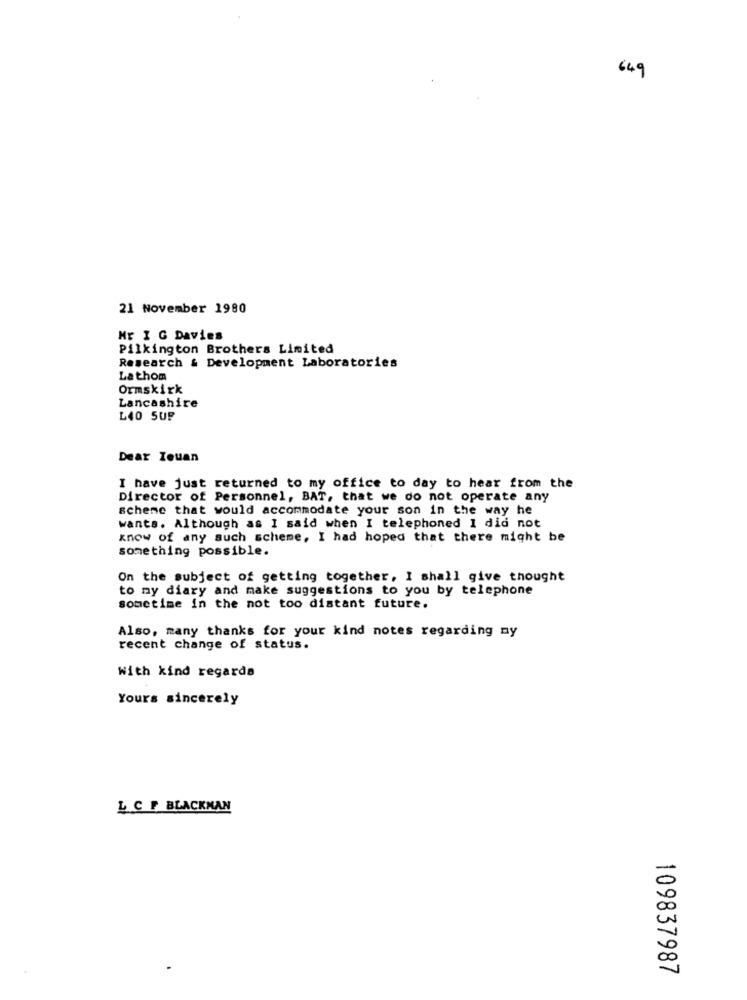
649
21 November 1980
ME I G Davies
Pilkington Brothers Limited
Research & Development Laboratories
Lathom
Ormskirk
Lancashire
L40 SUP
Dear Touan
I have just returned to my office to day to hear from the
Director of Personnel, BAT, that we do not operate any
scheme that would accommodate your son in the way he
wants. Although as I said when I telephoned I did not
know of any such scheme, I had hoped that there might be
something possible.
On the subject of getting together, I shall give thought
to my diary and make suggestions to you by telephone
sometime in the not too distant future.
Also, many thanks for your kind notes regarding my
recent change of status.
With kind regards
Yours sincerely
L CF BLACKMAN
-
00
109837987